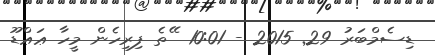
ޑިސެމްބަރު 29